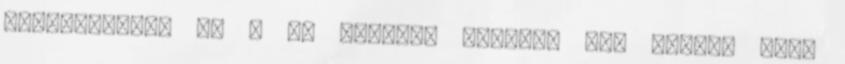
századokból, HA a 9. második feléből meg semmi. Nézd